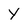
Character: y